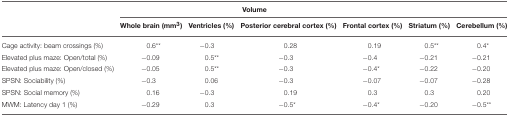
<table><thead><tr><td></td><td colspan="6"><b>Volume</b></td></tr><tr><td></td><td><b>Whole brain (mm<sup>3</sup>)</b></td><td><b>Ventricles (%)</b></td><td><b>Posterior cerebral cortex (%)</b></td><td><b>Frontal cortex (%)</b></td><td><b>Striatum (%)</b></td><td><b>Cerebellum (%)</b></td></tr></thead><tbody><tr><td>Cage activity: beam crossings (%)</td><td>0.6<sup>**</sup></td><td>−0.3</td><td>0.28</td><td>0.19</td><td>0.5<sup>**</sup></td><td>0.4<sup>*</sup></td></tr><tr><td>Elevated plus maze: Open/total (%)</td><td>−0.09</td><td>0.5<sup>**</sup></td><td>−0.3</td><td>−0.4</td><td>−0.21</td><td>−0.21</td></tr><tr><td>Elevated plus maze: Open/closed (%)</td><td>−0.05</td><td>0.5<sup>**</sup></td><td>−0.3</td><td>−0.4<sup>*</sup></td><td>−0.22</td><td>−0.20</td></tr><tr><td>SPSN: Sociability (%)</td><td>−0.3</td><td>0.06</td><td>−0.3</td><td>−0.07</td><td>−0.07</td><td>−0.28</td></tr><tr><td>SPSN: Social memory (%)</td><td>0.16</td><td>−0.3</td><td>0.19</td><td>0.3</td><td>0.3</td><td>0.20</td></tr><tr><td>MWM: Latency day 1 (%)</td><td>−0.29</td><td>0.3</td><td>−0.5<sup>*</sup></td><td>−0.4<sup>*</sup></td><td>−0.20</td><td>−0.5<sup>**</sup></td></tr></tbody></table>